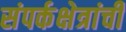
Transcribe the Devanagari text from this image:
संपर्कक्षेत्रांची